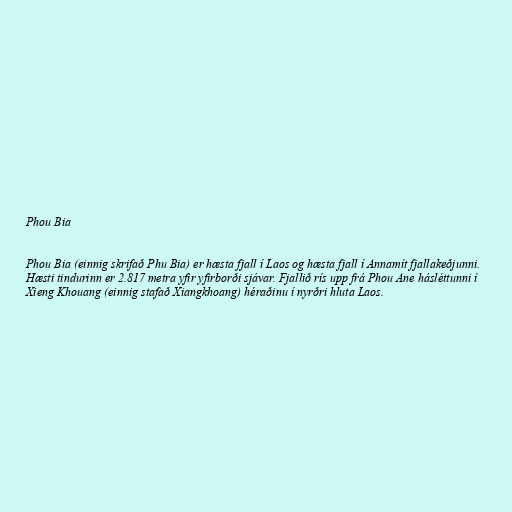
Phou Bia

Phou Bia (einnig skrifað Phu Bia) er hæsta fjall í Laos og hæsta fjall í Annamít fjallakeðjunni.
Hæsti tindurinn er 2.817 metra yfir yfirborði sjávar. Fjallið rís upp frá Phou Ane hásléttunni í
Xieng Khouang (einnig stafað Xiangkhoang) héraðinu í nyrðri hluta Laos.